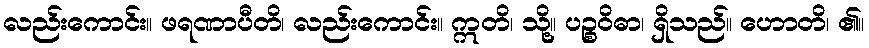
လည်းကောင်း။ ဖရဏာပီတိ၊ လည်းကောင်း။ ဣတိ၊ သို့။ ပဉ္စဝိဓာ၊ ရှိသည်။ ဟောတိ၊ ၏။